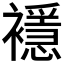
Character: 𧞎